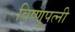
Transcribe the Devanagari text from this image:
विष्णुपत्नी